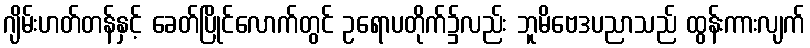
ဂျိမ်းဟတ်တန်နှင့် ခေတ်ပြိုင်လောက်တွင် ဥရောပတိုက်၌လည်း ဘူမိဗေဒပညာသည် ထွန်းကားလျက်